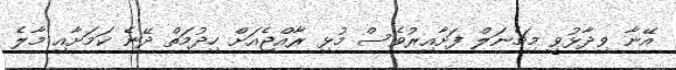
އޭނާ ވިދާޅުވީ މިޗެނަލް ފަށާއިރުވެސް މުޅި ރާއްޖެއަށް ހިދުމަތް ދޭނެ ކަމަށާއި މާލެ